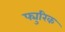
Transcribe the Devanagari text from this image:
फ्युरिक